Report on lock hospitals in British Burma
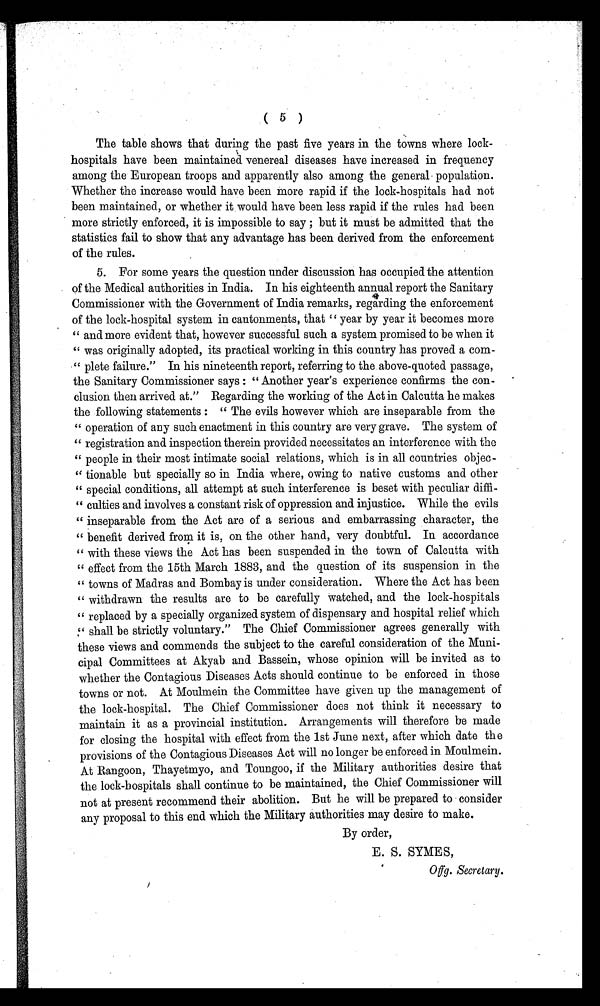
( 5 )
The table shows that during the past five years in the towns where lock-
hospitals have been maintained venereal diseases have increased in frequency
among the European troops and apparently also among the general population.
Whether the increase would have been more rapid if the lock-hospitals had not
been maintained, or whether it would have been less rapid if the rules had been
more strictly enforced, it is impossible to say ; but it must be admitted that the
statistics fail to show that any advantage has been derived from the enforcement
of the rules.
5. For some years the question under discussion has occupied the attention
of the Medical authorities in India. In his eighteenth annual report the Sanitary
Commissioner with the Government of India remarks, regarding the enforcement
of the lock-hospital system in cantonments, that " year by year it becomes more
" and more evident that, however successful such a system promised to be when it
" was originally adopted, its practical working in this country has proved a com-
" plete failure." In his nineteenth report, referring to the above-quoted passage,
the Sanitary Commissioner says : " Another year's experience confirms the con-
- c l u s i o n t h e n a r r i v e d a t . " R e g a r d i n g t h e w o r k i n g o f t h e A c t i n C a l c u t t a h e m a k e s
the following statements : " The evils however which are inseparable from the
" o p e r a t i o n o f a n y s u c h e n a c t m e n t i n t h i s c o u n t r y a r e v e r y g r a v e . T h e s y s t e m o f
" r e g i s t r a t i o n a n d i n s p e c t i o n t h e r e i n p r o v i d e d n e c e s s i t a t e s a n i n t e r f e r e n c e w i t h t h e
" people in their most intimate social relations, which is in all countries objec-
" tionable but specially so in India where, owing to native customs and other
" special conditions, all attempt at such interference is beset with peculiar diffi-
" c u l t i e s a n d i n v o l v e s a c o n s t a n t r i s k o f o p p r e s s i o n a n d i n j u s t i c e . W h i l e t h e e v i l s
" inseparable from the Act are of a serious and embarrassing character, the
" benefit derived from it is, on the other hand, very doubtful. In accordance
" with these views the Act has been suspended in the town of Calcutta with
" effect from the 15th March 1883, and the question of its suspension in the
" towns of Madras and Bombay is under consideration. Where the Act has been
" withdrawn the results are to be carefully watched, and the lock-hospitals
" r e p l a c e d b y a s p e c i a l l y o r g a n i z e d s y s t e m o f d i s p e n s a r y a n d h o s p i t a l r e l i e f w h i c h
" shall be strictly voluntary." The Chief Commissioner agrees generally with
these views and commends the subject to the careful consideration of the Muni-
cipal Committees at Akyab and Bassein, whose opinion will be invited as to
whether the Contagious Diseases Acts should continue to be enforced in those
towns or not. At Moulmein the Committee have given up the management of
the lock-hospital. The Chief Commissioner does not think it necessary to
maintain it as a provincial institution. Arrangements will therefore be made
for closing the hospital with effect from the 1st June next, after which date the
provisions of the Contagious Diseases Act will no longer be enforced in Moulmein.
At Rangoon, Thayetmyo, and Toungoo, if the Military authorities desire that
the lock-hospitals shall continue to be maintained, the Chief Commissioner will
not at present recommend their abolition. But he will be prepared to consider
any proposal to this end which the Military authorities may desire to make.
By order,
E. S. SYMES,
O f f g . S e c r e t a r y .